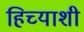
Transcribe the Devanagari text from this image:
हिच्‍याशी